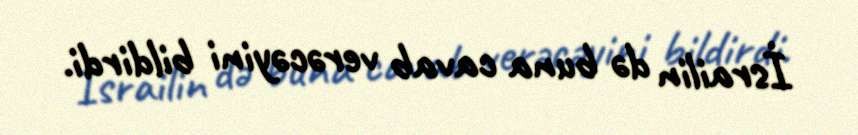
İsrailin də buna cavab verəcəyini bildirdi.